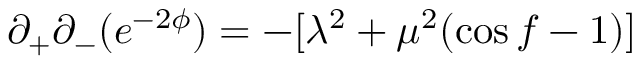
\partial _ { + } \partial _ { - } ( e ^ { - 2 \phi } ) = - [ \lambda ^ { 2 } + \mu ^ { 2 } ( \cos f - 1 ) ]